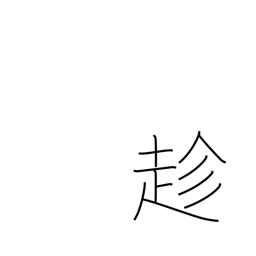
Meaning: go to